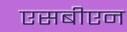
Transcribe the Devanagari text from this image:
एसबीएन